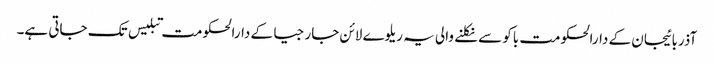
آذربائیجان کے دارالحکومت باکو سے نکلنے والی یہ ریلوے لائن جارجیا کے دارالحکومت تبلیس تک جاتی ہے۔